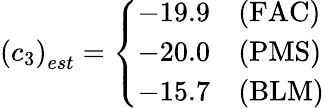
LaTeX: \left(c_{3}\right)_{est}=\left\{ \begin{array}{ll}{{-19.9}}&{{\textrm{(FAC)}}}\\ {{-20.0}}&{{\textrm{(PMS)}}}\\ {{-15.7}}&{{\textrm{(BLM)}}}\end{array}\right.